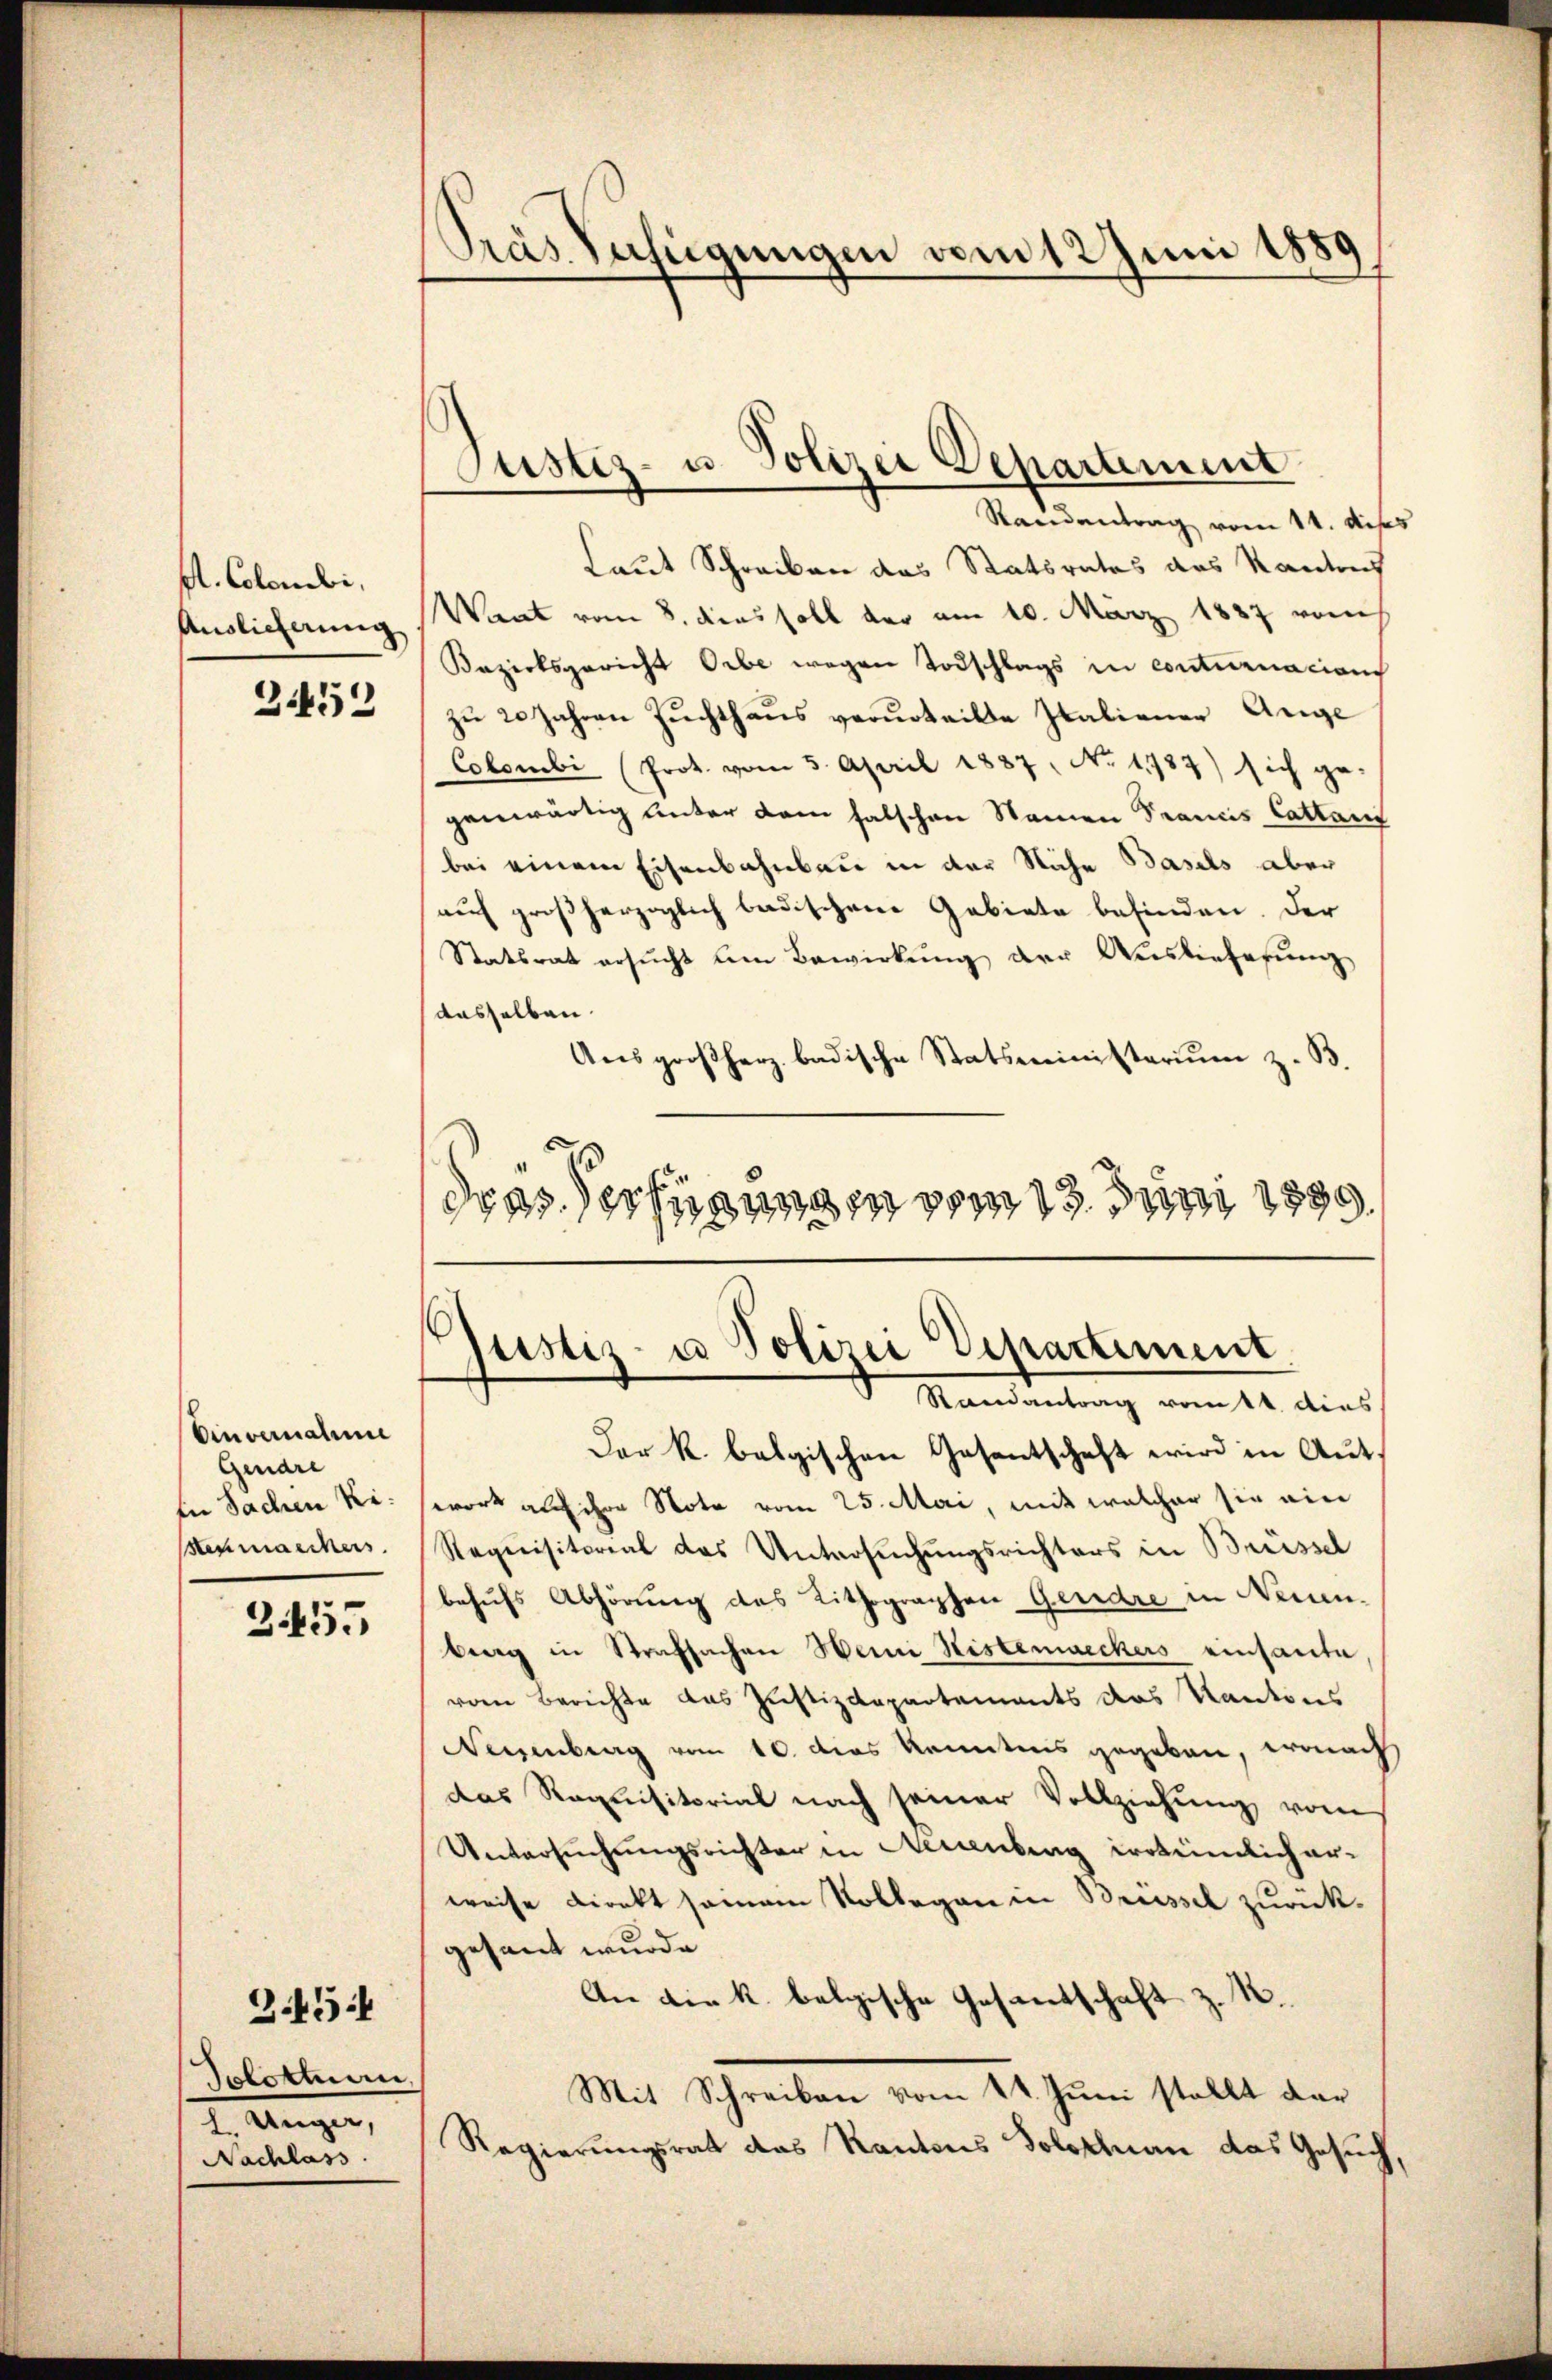
bl. Colombi,
Anslicherung

2452

Einvernahme
Gendre
In Sachen Re¬
Sehmaschens.

3455

3454

Solothu
l. Unger,
Nachlass

Tras Aufeigungen vom 12 Juni 1889

Standentrag vom 14. diss
Laut Schreiben das Statsrates das Kantons
Want vom 8. dies soll der am 10. März 1887 vom
Bezirksgericht Orbe wegen Todschlags in contirnacian
zu 20 Jahren Zuchthaus verurteilte Italiener Ange
Colombi (Prot. vom 3. April 1887, No 1783) sich ge-
genwärtig unter dem falschen Namen Trancis Cathauf
bei einem Eisenbahnbau in der Siche Basels aber
auf großherzoglich badischen Gebiete befinden. Der
Statsrat ersŭcht um Bewirkung der Auslieferung
dasselben.
Aŭsgroßherz badische Statsministerium z. B.
dras Verfügungen vom 13. Juni 1899.

Justiz- u. Polizei Departement

ustiz- u Polizei Vepartement
Randantrag vonst dies

Der k. belgischen Gesentschaft wird in Aut.
wort als ihre Note vom 25. Mai, mit welcher sie ein
Requisitorial des Untersuchungsrichters in Brüssel
behufs Abhörung des Lithographen Gerdre in Neuen-
berg in Strafsachen Weini Histemaeckers einsamte
vom Berichte das Justizdepartements das Kantons
Neuenburg vom 10. das kanntens gegeben, wonach
das Requisitorial nach seiner Vollziehung vom
Untersuchungsrichter in Accenberg irrtümlich erweise Direkt seinem Kollegen in Brüssel zurückgesandt wurde.
An die k. belgische Gesantschaft z. K.
Mit Schreiben vom 14. Juni stellt dar
Regierungsrat das Kantons Solothurn das Gesuch,